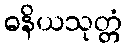
ဓနိယသုတ္တံ